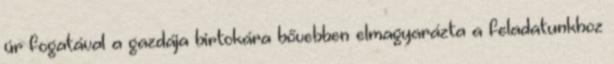
úr fogatával a gazdája birtokára bővebben elmagyarázta a feladatunkhoz